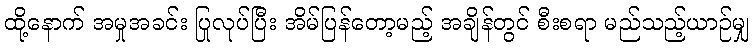
ထို့နောက် အမှုအခင်း ပြုလုပ်ပြီး အိမ်ပြန်တော့မည့် အချိန်တွင် စီးစရာ မည်သည့်ယာဉ်မျှ